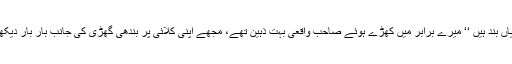
آپ کیوں فکر کر رہے ہیں، سارے شہر کی گھڑیاں بند ہیں ‘‘ میرے برابر میں کھڑے ہوئے صاحب واقعی بہت ذہین تھے، مجھے اپنی کلائی پر بندھی گھڑی کی جانب بار بار دیکھنے سے وہ میری بے چینی کو بھانپ گئے تھے۔